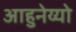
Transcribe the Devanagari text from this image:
आहुनेय्यो